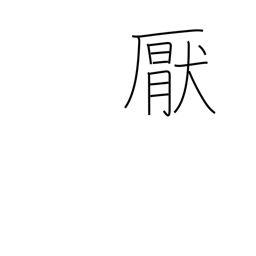
Meaning: satiate